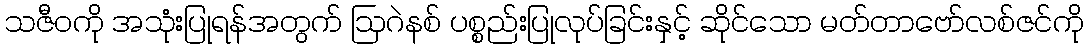
သဇီဝကို အသုံးပြုရန်အတွက် ဩဂဲနစ် ပစ္စည်းပြုလုပ်ခြင်းနှင့် ဆိုင်သော မတ်တာဗော်လစ်ဇင်ကို